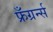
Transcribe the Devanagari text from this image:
फ्रँग्रर्न्स